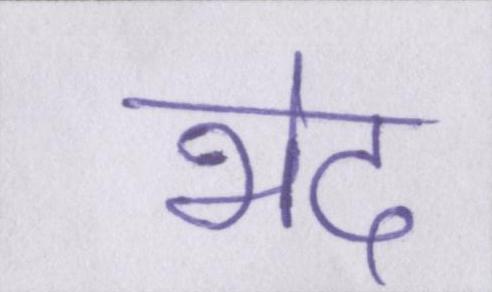
भेद